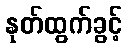
နုတ်ထွက်ခွင့်